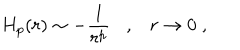
H _ { p } ( r ) \sim - \frac { 1 } { r ^ { p } } , r \rightarrow 0 \; ,